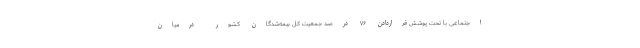
اجتماعی با تحت پوشش قراردادن ۷۶ درصد جمعیت کل بیمه‌شدگان کشور درمیان